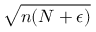
\sqrt { n ( N + \epsilon ) }